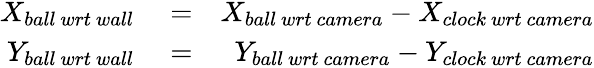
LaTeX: \begin{array}{rlr}{X_{ball~wrt~wall}}&{{}=}&{X_{ball~wrt~camera}-X_{clock~wrt~camera}}\\ {Y_{ball~wrt~wall}}&{{}=}&{Y_{ball~wrt~camera}-Y_{clock~wrt~camera}}\end{array}